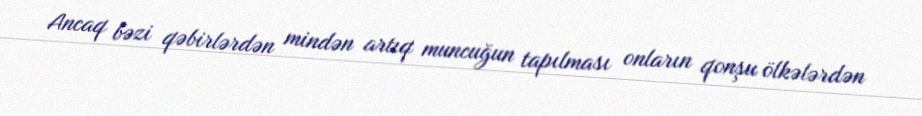
Ancaq bəzi qəbirlərdən mindən artıq muncuğun tapılması onların qonşu ölkələrdən